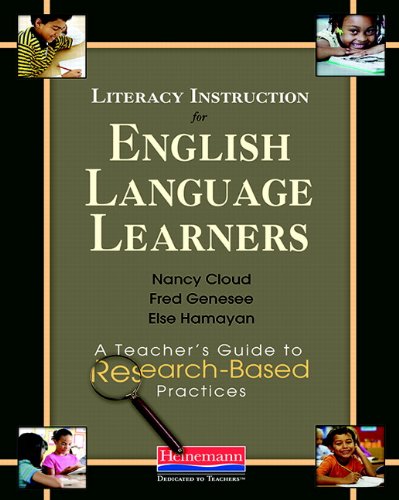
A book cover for Literacy Instruction for English Language Learners: A Teacher's Guide to Research-Based Practices; Nancy Cloud; Politics & Social Sciences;